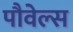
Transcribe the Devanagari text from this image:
पौवेल्स